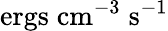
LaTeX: \mathrm{ergs\; cm^{-3}\; s^{-1}}